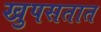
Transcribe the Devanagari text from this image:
खुपसतात